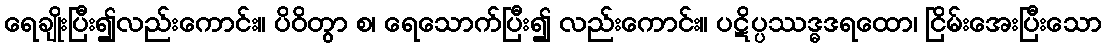
ရေချိုးပြီး၍လည်းကောင်း။ ပိဝိတွာ စ၊ ရေသောက်ပြီး၍ လည်းကောင်း။ ပဋိပ္ပဿဒ္ဓဒရထော၊ ငြိမ်းအေးပြီးသော